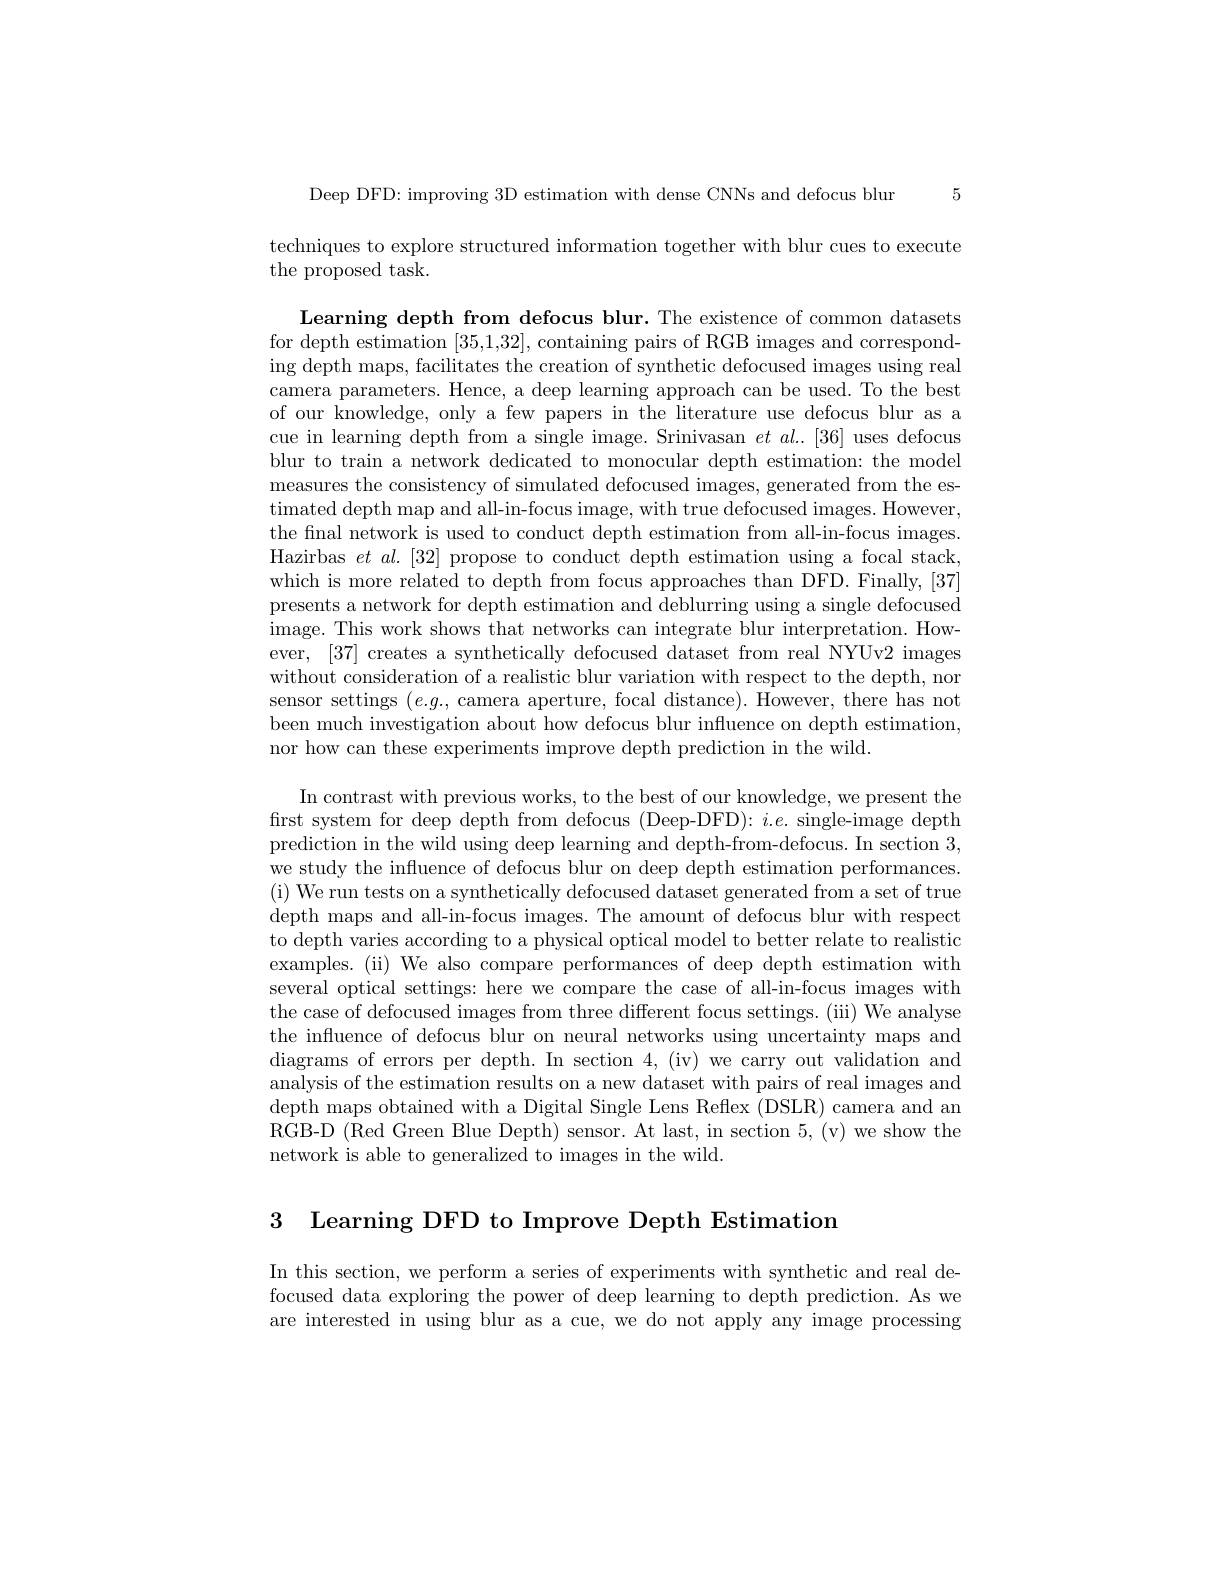
5
Deep DFD: improving 3D estimation with dense CNNs and defocus blur
techniques to explore structured information together with blur cues to execute
the proposed task.

Learning depth from defocus blur. The existence of common datasets for depth estimation [35,1,32],containing pairs of RGB images and corresponding depth maps, facilitates the creation of synthetic defocused images using real camera parameters. Hence, a deep learning approach can be used. To the best of our knowledge, only a few papers in the literature use defocus blur as a cue in learning depth from a single image. Srinivasan $et$ al.[36] uses defocus blur to train a network dedicated to monocular depth estimation: the model measures the consistency of simulated defocused images, generated from the estimated depth map and all-in-focus image, with true defocused images. However, the final network is used to conduct depth estimation from all-in-focus images. Hazirbas $et$ al.[32] propose to conduct depth estimation using a focal stack, which is more related to depth from focus approaches than DFD. Finally, [37] presents a network for depth estimation and deblurring using a single defocused image. This work shows that networks can integrate blur interpretation. However, [37] creates a synthetically defocused dataset from real NYUv2 images without consideration of a realistic blur variation with respect to the depth, nor sensor settings $(e.g.$, camera aperture, focal distance). However, there has not been much investigation about how defocus blur influence on depth estimation, nor how can these experiments improve depth prediction in the wild.

In contrast with previous works, to the best of our knowledge, we present the first system for deep depth from defocus (Deep-DFD): $i.e.$ single-image depth prediction in the wild using deep learning and depth-from-defocus. In section 3, we study the influence of defocus blur on deep depth estimation performances. (i) We run tests on a synthetically defocused dataset generated from a set of true depth maps and all-in-focus images. The amount of defocus blur with respect to depth varies according to a physical optical model to better relate to realistic examples. (ii) We also compare performances of deep depth estimation with several optical settings: here we compare the case of all-in-focus images with the case of defocused images from three different focus settings. (iii) We analyse the influence of defocus blur on neural networks using uncertainty maps and diagrams of errors per depth. In section 4, (iv) we carry out validation and analysis of the estimation results on a new dataset with pairs of real images and depth maps obtained with a Digital Single Lens Reflex (DSLR) camera and an RGB-D (Red Green Blue Depth) sensor. At last, in section 5, (v) we show the network is able to generalized to images in the wild.

3 Learning DFD to Improve Depth Estimation

In this section, we perform a series of experiments with synthetic and real defocused data exploring the power of deep learning to depth prediction. As we are interested in using blur as a cue, we do not apply any image processing